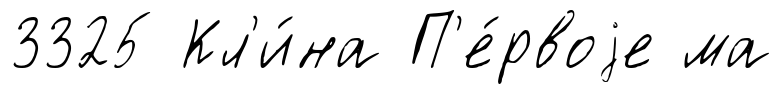
3325 Кл'и́на П'е́рвоjе ма